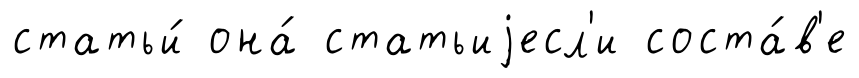
статьи́ она́ статьиjесл'и соста́в'е